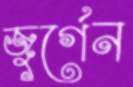
জুর্গেন